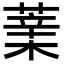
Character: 𦸯